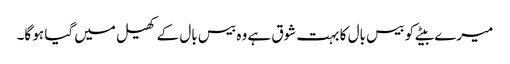
میرے بیٹے کو بیس بال کا بہت شوق ہے وہ بیس بال کے کھیل میں گیا ہو گا۔